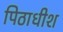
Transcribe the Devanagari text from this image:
पिठाधीश